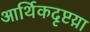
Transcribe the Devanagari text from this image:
आर्थिकदृष्टय़ा